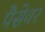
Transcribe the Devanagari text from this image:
पैसेवर